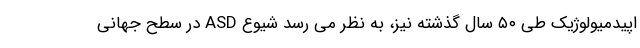
اپیدمیولوژیک طی ۵۰ سال گذشته نیز، به نظر می رسد شیوع ASD در سطح جهانی